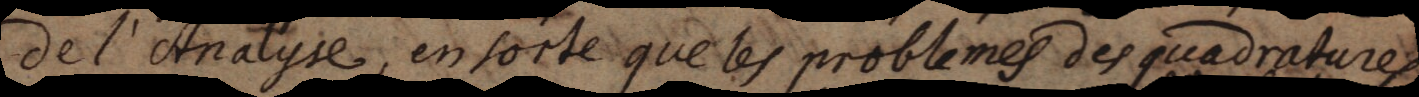
de l’Analyse, en sorte que les problemes des quadratures